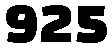
925